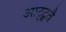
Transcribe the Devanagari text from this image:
ओट्ट्गतै